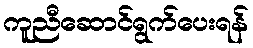
ကူညီဆောင်ရွက်ပေးရန်